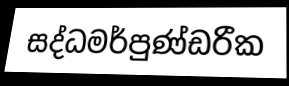
සද්ධමර්පුණ්ඩරීක